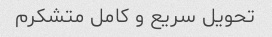
تحویل سریع و کامل متشکرم